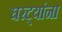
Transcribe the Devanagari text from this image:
घरट्यांना